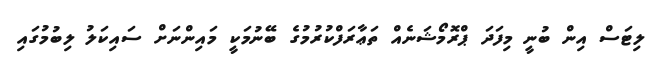
ލިޓަސް އިން ބުނީ މިފަދަ ޕްރޮމޯޝަނެއް ތަޢާރަފްކުރުމުގެ ބޭނުމަކީ މައިންނަށް ސައިކަލު ލިބުމުގައި